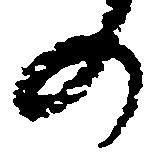
の